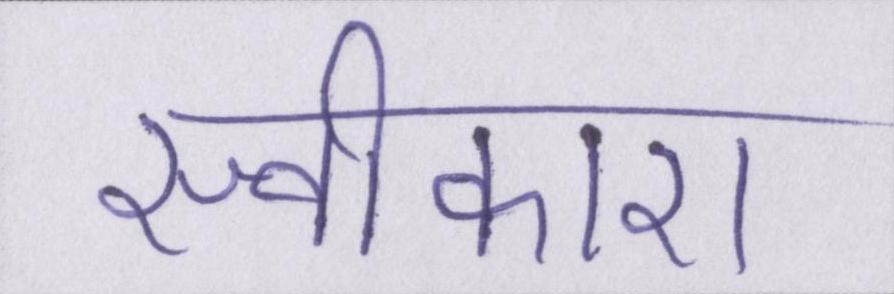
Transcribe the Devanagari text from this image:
स्वीकारा